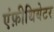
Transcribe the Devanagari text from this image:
एंफ़ीथियेटर